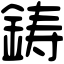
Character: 鋳